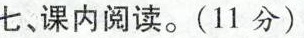
七、课内阅读。(11分）